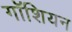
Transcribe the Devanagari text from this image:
गॉशियन